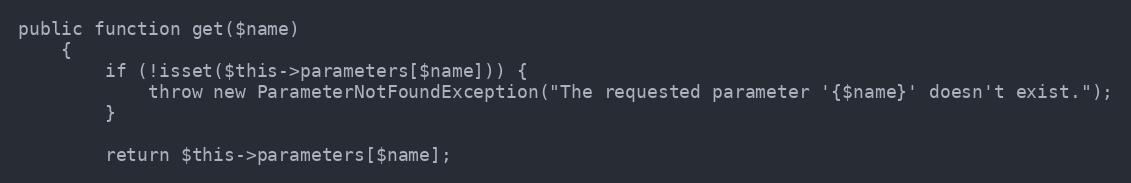
Language: PHP
public function get($name)
    {
        if (!isset($this->parameters[$name])) {
            throw new ParameterNotFoundException("The requested parameter '{$name}' doesn't exist.");
        }

        return $this->parameters[$name];